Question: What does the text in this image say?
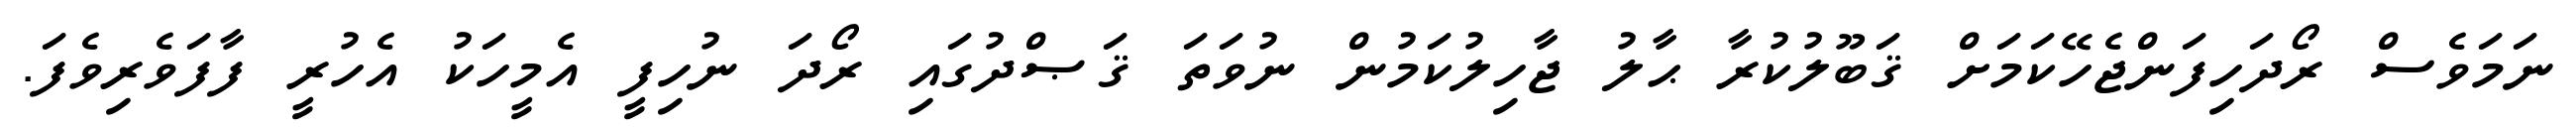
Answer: ނަމަވެސް ރޯދަހިފަންޖެހޭކަމަށް ޤަބޫލުކުރާ ޙާލު ޖާހިލުކަމުން ނުވަތަ ޤަޞްދުގައި ރޯދަ ނުހިފީ އެމީހަކު އެހުރީ ފާފަވެރިވެފަ.